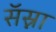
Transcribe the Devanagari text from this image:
सॅस्ना